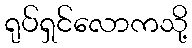
ရုပ်ရှင်လောကသို့